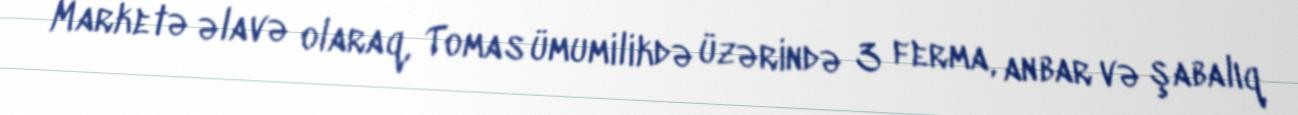
Marketə əlavə olaraq, Tomas ümumilikdə üzərində 3 ferma, anbar və şabalıq